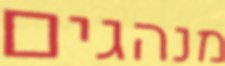
מנהגים